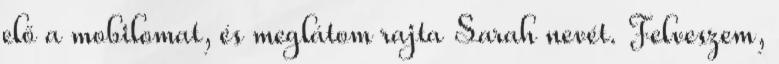
elő a mobilomat, és meglátom rajta Sarah nevét. Felveszem,